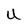
Character: U